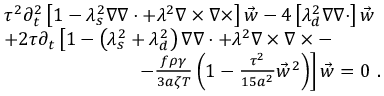
\begin{array} { r l } & { \tau ^ { 2 } \partial _ { t } ^ { 2 } \left[ 1 - \lambda _ { s } ^ { 2 } \nabla \nabla \cdot + \lambda ^ { 2 } \nabla \times \nabla \times \right] \vec { w } - 4 \left[ \lambda _ { d } ^ { 2 } \nabla \nabla \cdot \right] \vec { w } } \\ & { + 2 \tau \partial _ { t } \left[ 1 - \left( \lambda _ { s } ^ { 2 } + \lambda _ { d } ^ { 2 } \right) \nabla \nabla \cdot + \lambda ^ { 2 } \nabla \times \nabla \times - \right. } \\ & { \left. \ \ \ \ \ \ \ \ \ \ \ \ \ \ \ \ \ \ \ \ \ - \frac { f \rho \gamma } { 3 a \zeta T } \left( 1 - \frac { \tau ^ { 2 } } { 1 5 a ^ { 2 } } \vec { w } ^ { 2 } \right) \right] \vec { w } = 0 \ . } \end{array}